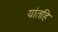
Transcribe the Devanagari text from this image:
यांतहि